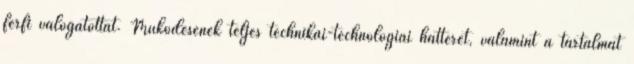
férfi válogatottat. Működésének teljes technikai-technológiai hátterét, valamint a tartalmat